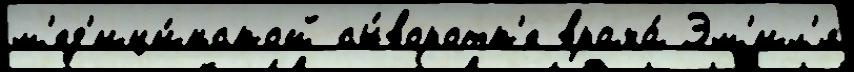
м'ед'ици́нской сы́воротк'е врача́ Эм'ил'я